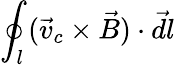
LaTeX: \oint_{l}(\vec{v}_{c}\times\vec{B})\cdot\vec{dl}